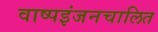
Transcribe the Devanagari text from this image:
वाष्पइंजनचालित